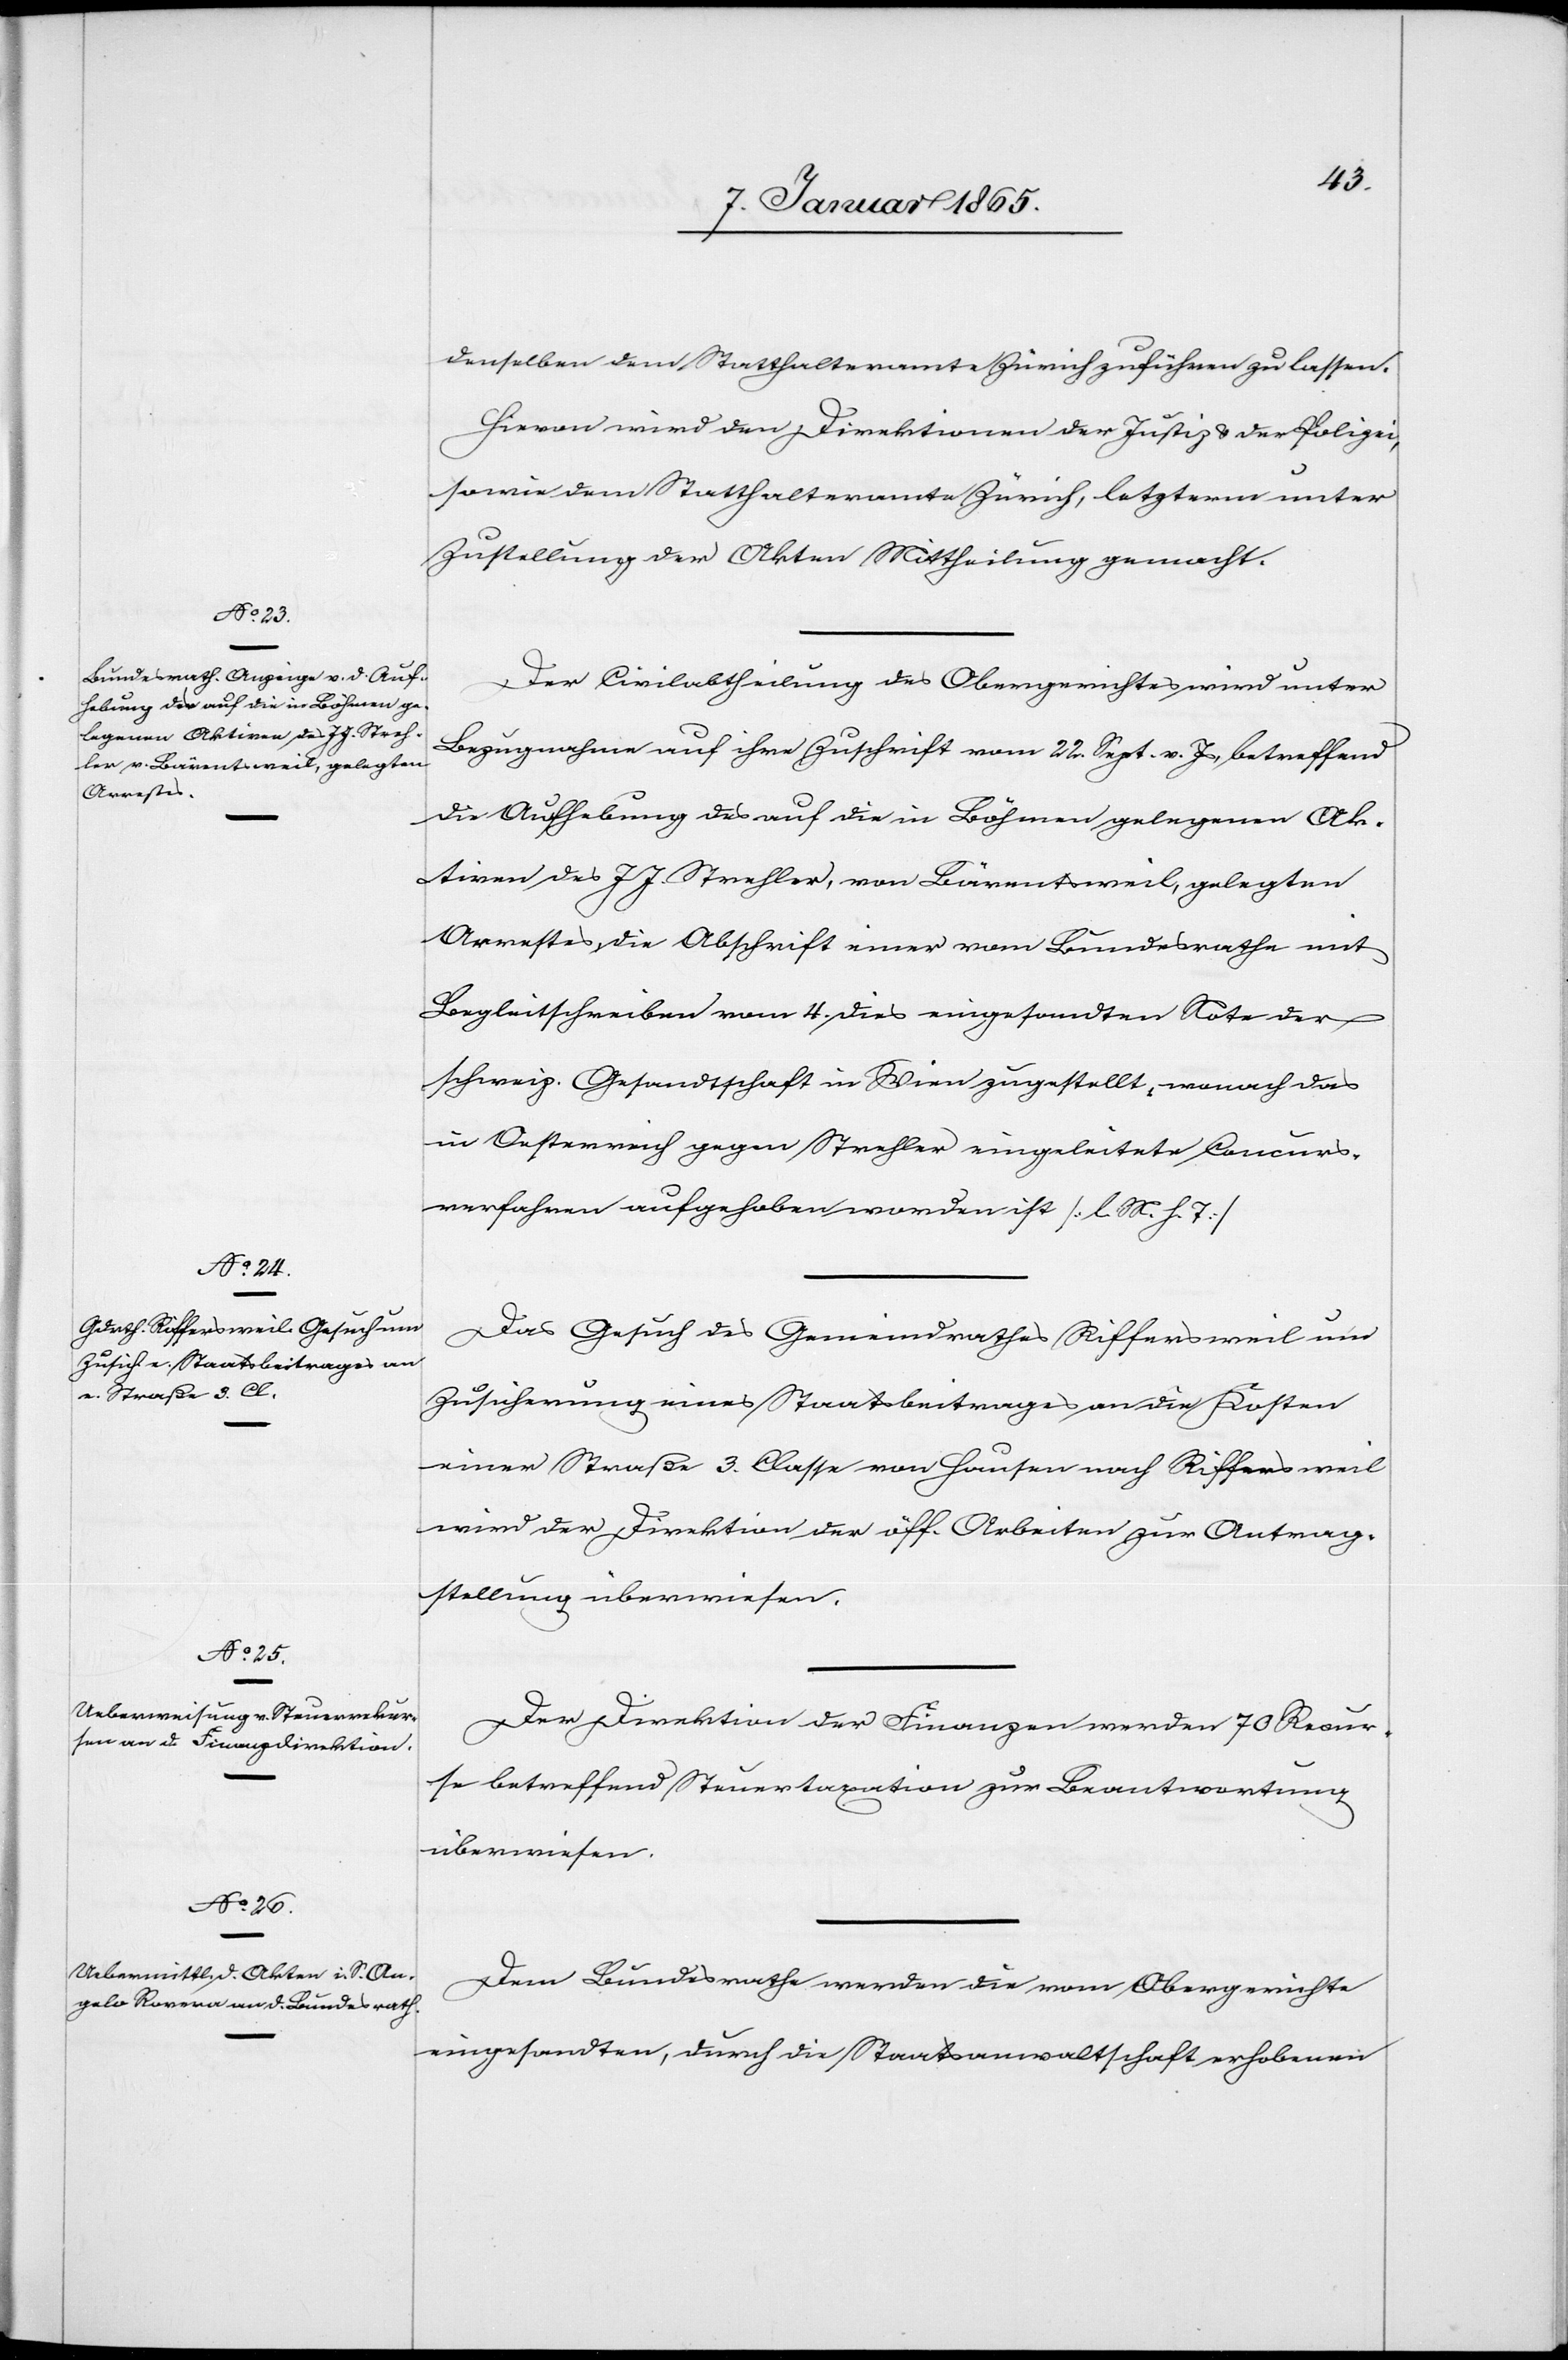
9. Januar 1865.]
denselben dem Statthalteramte Zürich zuführen zu lassen.
Hievon wird den Direktionen der Justiz u. der Polizei,
sowie dem Statthalteramte Zürich, letzterm unter
Zustellung der Akten Mittheilung gemacht.
Der Civilabtheilung des Obergerichts wird unter
Bezugnahme auf ihre Zuschrift vom 22. Sept. v. Js., betreffend
die Aufhebung des auf die in Böhmen gelegenen Ak¬
tiven des J. J. Strehler, von Bärentsweil, gelegten
Arrestes, die Abschrift einer vom Bundesrathe mit
Begleitschreiben vom 4. dies eingesandten Note der
schweiz. Gesandtschaft in Wien zugestellt, wonach das
in Osterreich gegen Strehler eingeleitete Concurs¬
verfahren aufgehoben worden ist [l. M. h. T].
Das Gesuch des Gemeindrathes Riffersweil um
Zusicherung eines Staatsbeitrages an die Kosten
einer Straße 3. Classe von Hausen nach Rifferweil
wird der Direktion der öff. Arbeiten zur Antrag¬
stellung überwiesen.
Der Direktion der Finanzen werden 70 Recur¬
se betreffend Steuertaxation zur Beantwortung
überwiesen.
Dem Bundesrathe werden die vom Obergerichte
eingesandten, durch die Staatsanwaltschaft erhobenen